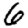
Digit: 6